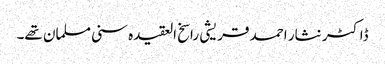
ڈاکٹر نثار احمد قریشی راسخ العقیدہ سنی مسلمان تھے۔